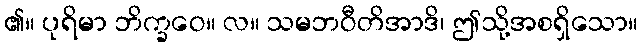
၏။ ပုရိမာ ဘိက္ခဝေ။ လ။ သမဘဝီတိအာဒိ၊ ဤသို့အစရှိသော။